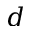
d